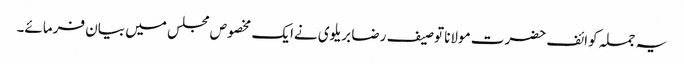
یہ جملہ کوائف حضرت مولانا توصیف رضا بریلوی نےایک مخصوص مجلس میں بیان فرمائے۔